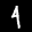
Label: 4